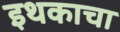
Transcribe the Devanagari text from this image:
इथकाचा